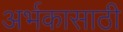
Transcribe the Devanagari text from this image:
अर्भकासाठी